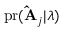
\mathrm { p r } ( \mathbf { \hat { A } } _ { j } | \boldsymbol { \lambda } )